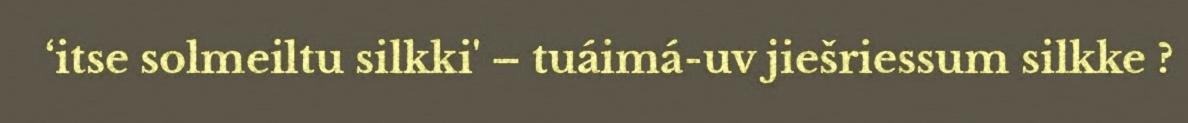
‘itse solmeiltu silkki' – tuáimá-uv jiešriessum silkke ?